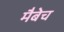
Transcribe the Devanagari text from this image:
मैबेच